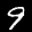
Label: 9